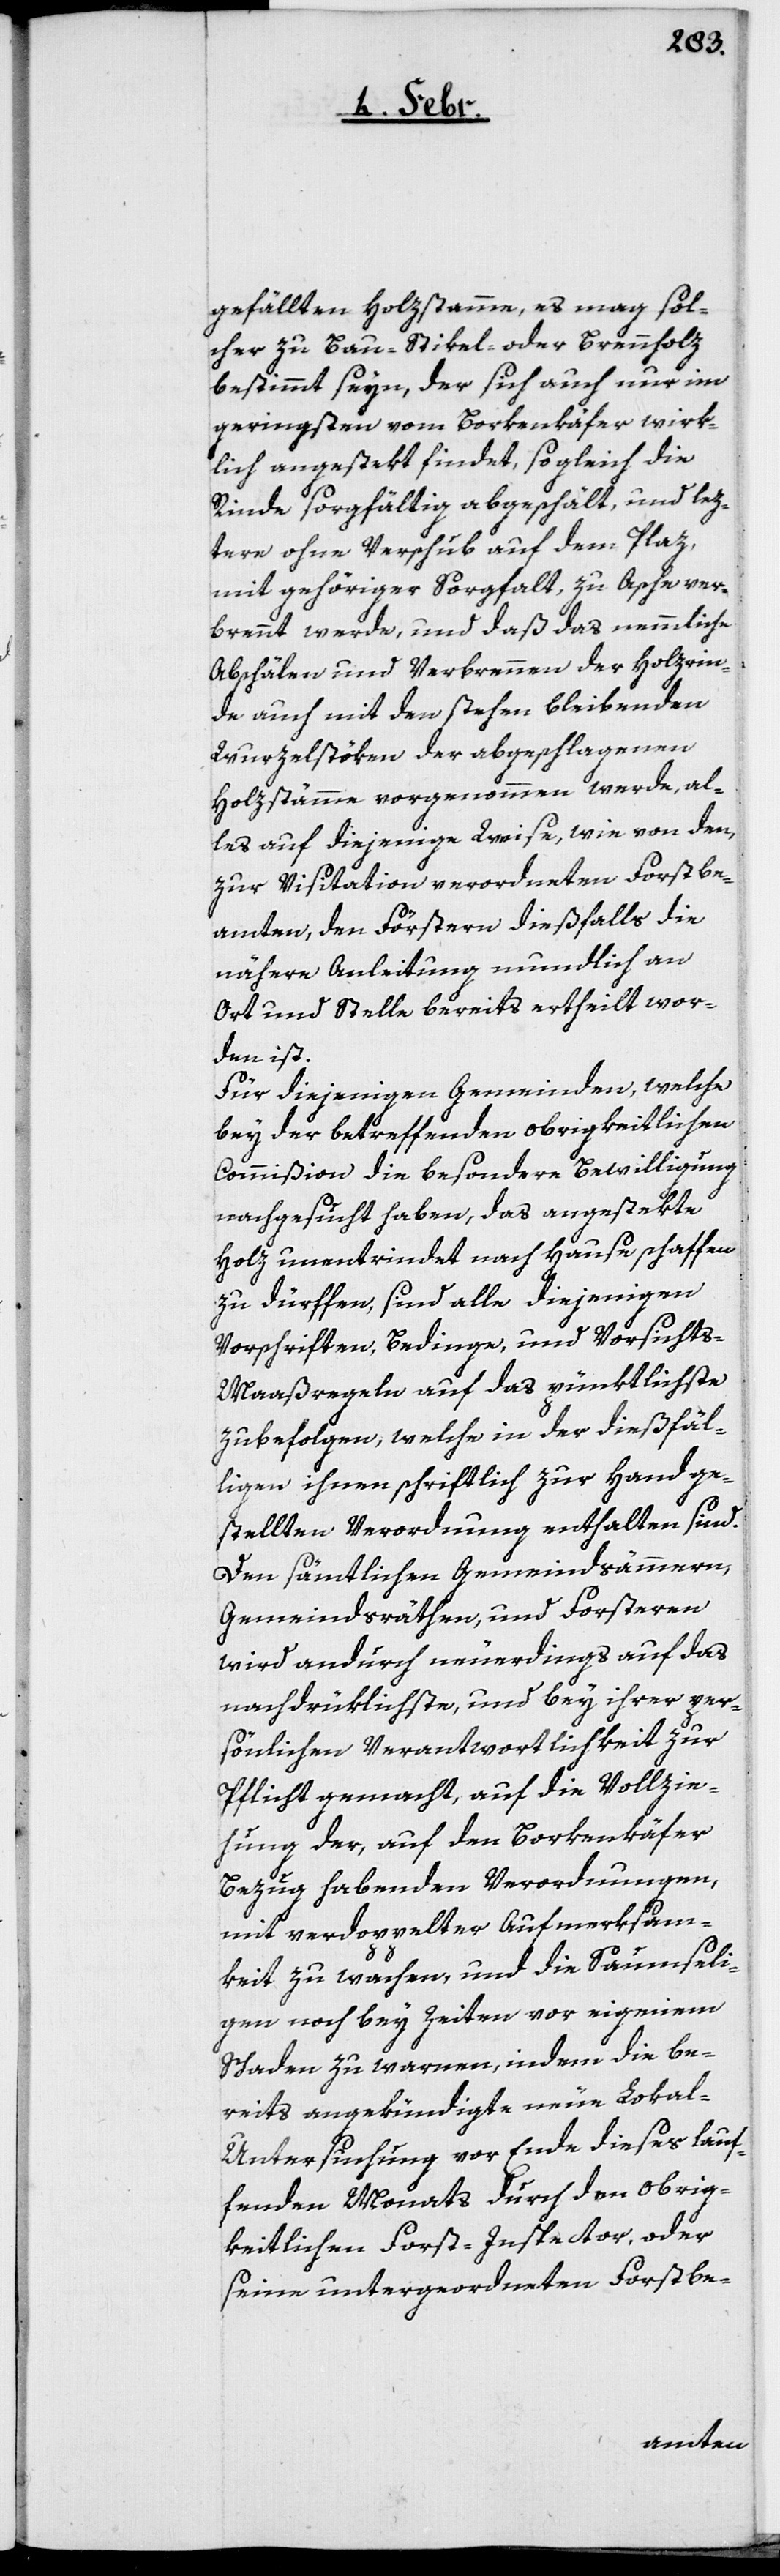
gefällten Holzstamm, es mag sol¬
cher zu Bau-, Stikel- oder Brennholz
bestimmt seyn, der sich auch nur im
geringsten vom Borkenkäfer wirk¬
lich angestekt findet, so gleich die
Rinde sorgfältig abgeschält, und lez¬
tere ohne Verschub auf dem Plaz,
mit gehöriger Sorgfalt, zu Asche ver¬
brennt werde, und daß das nemmliche
Abschälen und Verbrennen der Holzrin¬
de auch mit den stehenbleibenden
Wurzelstöken der abgeschlagenen
Holzstämme vorgenommen werde, al¬
les auf diejenige Weise, wie von den,
zur Visitation verordneten Forstbe¬
amten, den Förstern dießfalls die
nähere Anleitung mundlich an
Ort und Stelle bereits ertheilt wor¬
den ist.
Für diejenigen Gemeinden, welche
bey der betreffenden obrigkeitlichen
Commißion die besondere Bewilligung
nachgesucht haben, das angestekte
Holz unentrindet nach Hause schaffen
zu dürffen, sind alle diejenigen
Vorschriften, Bedinge und Vorsichts-M¬
aaßregeln auf das pünktlichste
zubefolgen, welche in der dießfäl¬
ligen ihnen schriftlich zur Hand ge¬
stellten Verordnung enthalten sind.
Den sämtlichen Gemeindsämmern,
Gemeindsräthen, und Forsteren
wird andurch neuerdings auf das
nachdrüklichste, und bey ihrer per¬
sönlichen Verantwortlichkeit zur
Pflicht gemacht, auf die Vollzie¬
hung der, auf den Borkenkäfer
Bezug habenden Verordnungen,
mit verdoppelter Aufmerksam¬
keit zu wachen, und die Saumseli¬
gen noch bey Zeiten vor eigenem
Schaden zu warnen, indem die be¬
reits angekündigte neue Lokal-U¬
ntersuchung vor Ende dieses lauf¬
fenden Monats durch den obrig¬
keitlichen Forst-Inspector, oder
seine untergeordneten Forstbe-